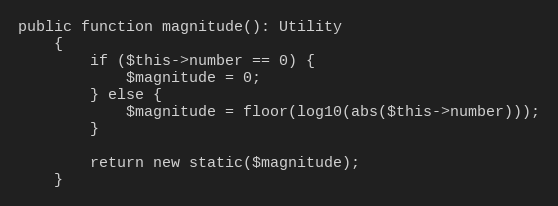
Language: PHP
public function magnitude(): Utility
    {
        if ($this->number == 0) {
            $magnitude = 0;
        } else {
            $magnitude = floor(log10(abs($this->number)));
        }

        return new static($magnitude);
    }